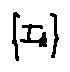
\{ I _ { k } \}